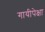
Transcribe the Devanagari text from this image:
गायीपेक्षा